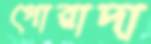
গোরাদা